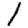
Digit: 1